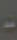
-